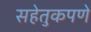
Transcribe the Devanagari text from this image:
सहेतुकपणे